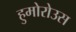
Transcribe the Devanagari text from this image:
हुमोरोउस